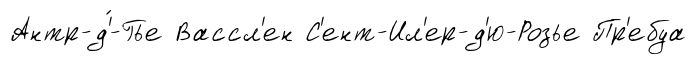
Антр-д'́-Гье Вассл'ен С'ент-Ил'ер-д'ю-Розье Пр'ебуа